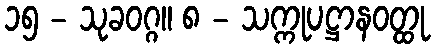
၁၅ - သုခဝဂ္ဂ။ ၈ - သက္ကုပဋ္ဌာနဝတ္ထု